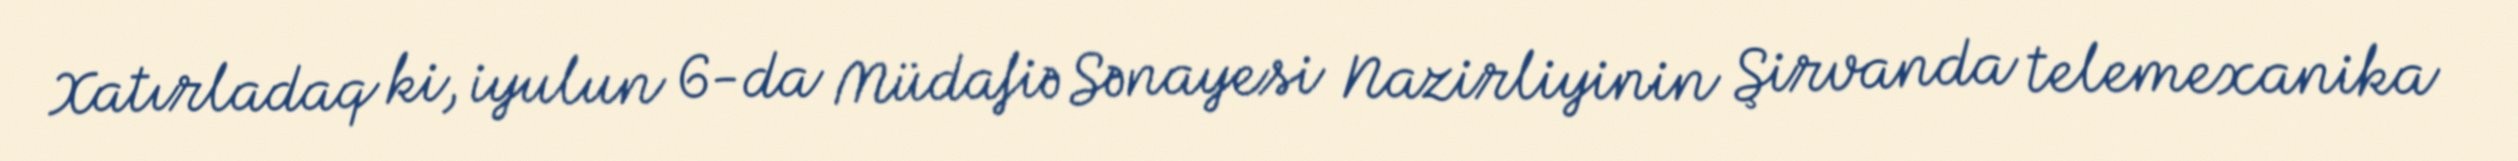
Xatırladaq ki, iyulun 6-da Müdafiə Sənayesi Nazirliyinin Şirvanda telemexanika